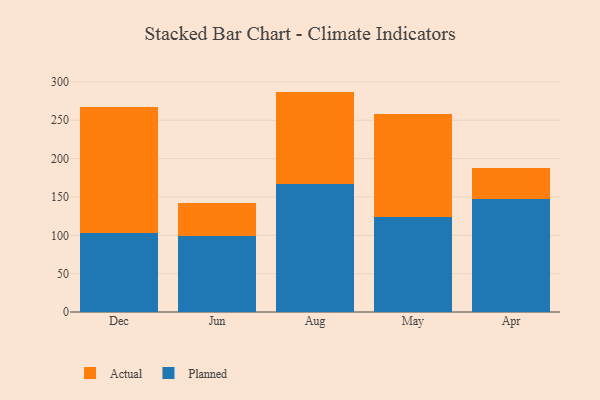
{"axis": {"x": "Month", "y": "Net Income (USD K)"}, "legend": ["Actual", "Planned"], "data": [{"x": "Dec", "y": 103.1, "type": "Planned"}, {"x": "Dec", "y": 163.8, "type": "Actual"}, {"x": "Jun", "y": 98.7, "type": "Planned"}, {"x": "Jun", "y": 43.7, "type": "Actual"}, {"x": "Aug", "y": 166.8, "type": "Planned"}, {"x": "Aug", "y": 120.6, "type": "Actual"}, {"x": "May", "y": 124.4, "type": "Planned"}, {"x": "May", "y": 133.7, "type": "Actual"}, {"x": "Apr", "y": 147.9, "type": "Planned"}, {"x": "Apr", "y": 40.3, "type": "Actual"}]}